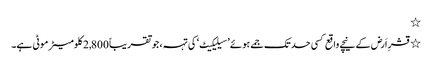
٭
٭ قشرِ اَرض کے نیچے واقع کسی حد تک جمے ہوئے ’سیلیکیٹ‘ کی تہہ، جو تقریباً 2,800 کلومیٹر موٹی ہے۔